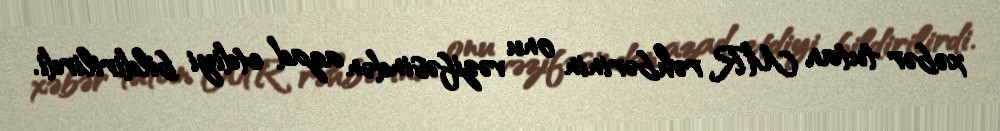
xəbər tutan MR rəhbərinin onu vəzifəsindən azad etdiyi bildirilirdi.